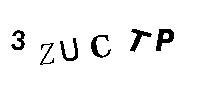
3ZUCTP